Torma_(Votikvere)_vallavalitsus, lk 116
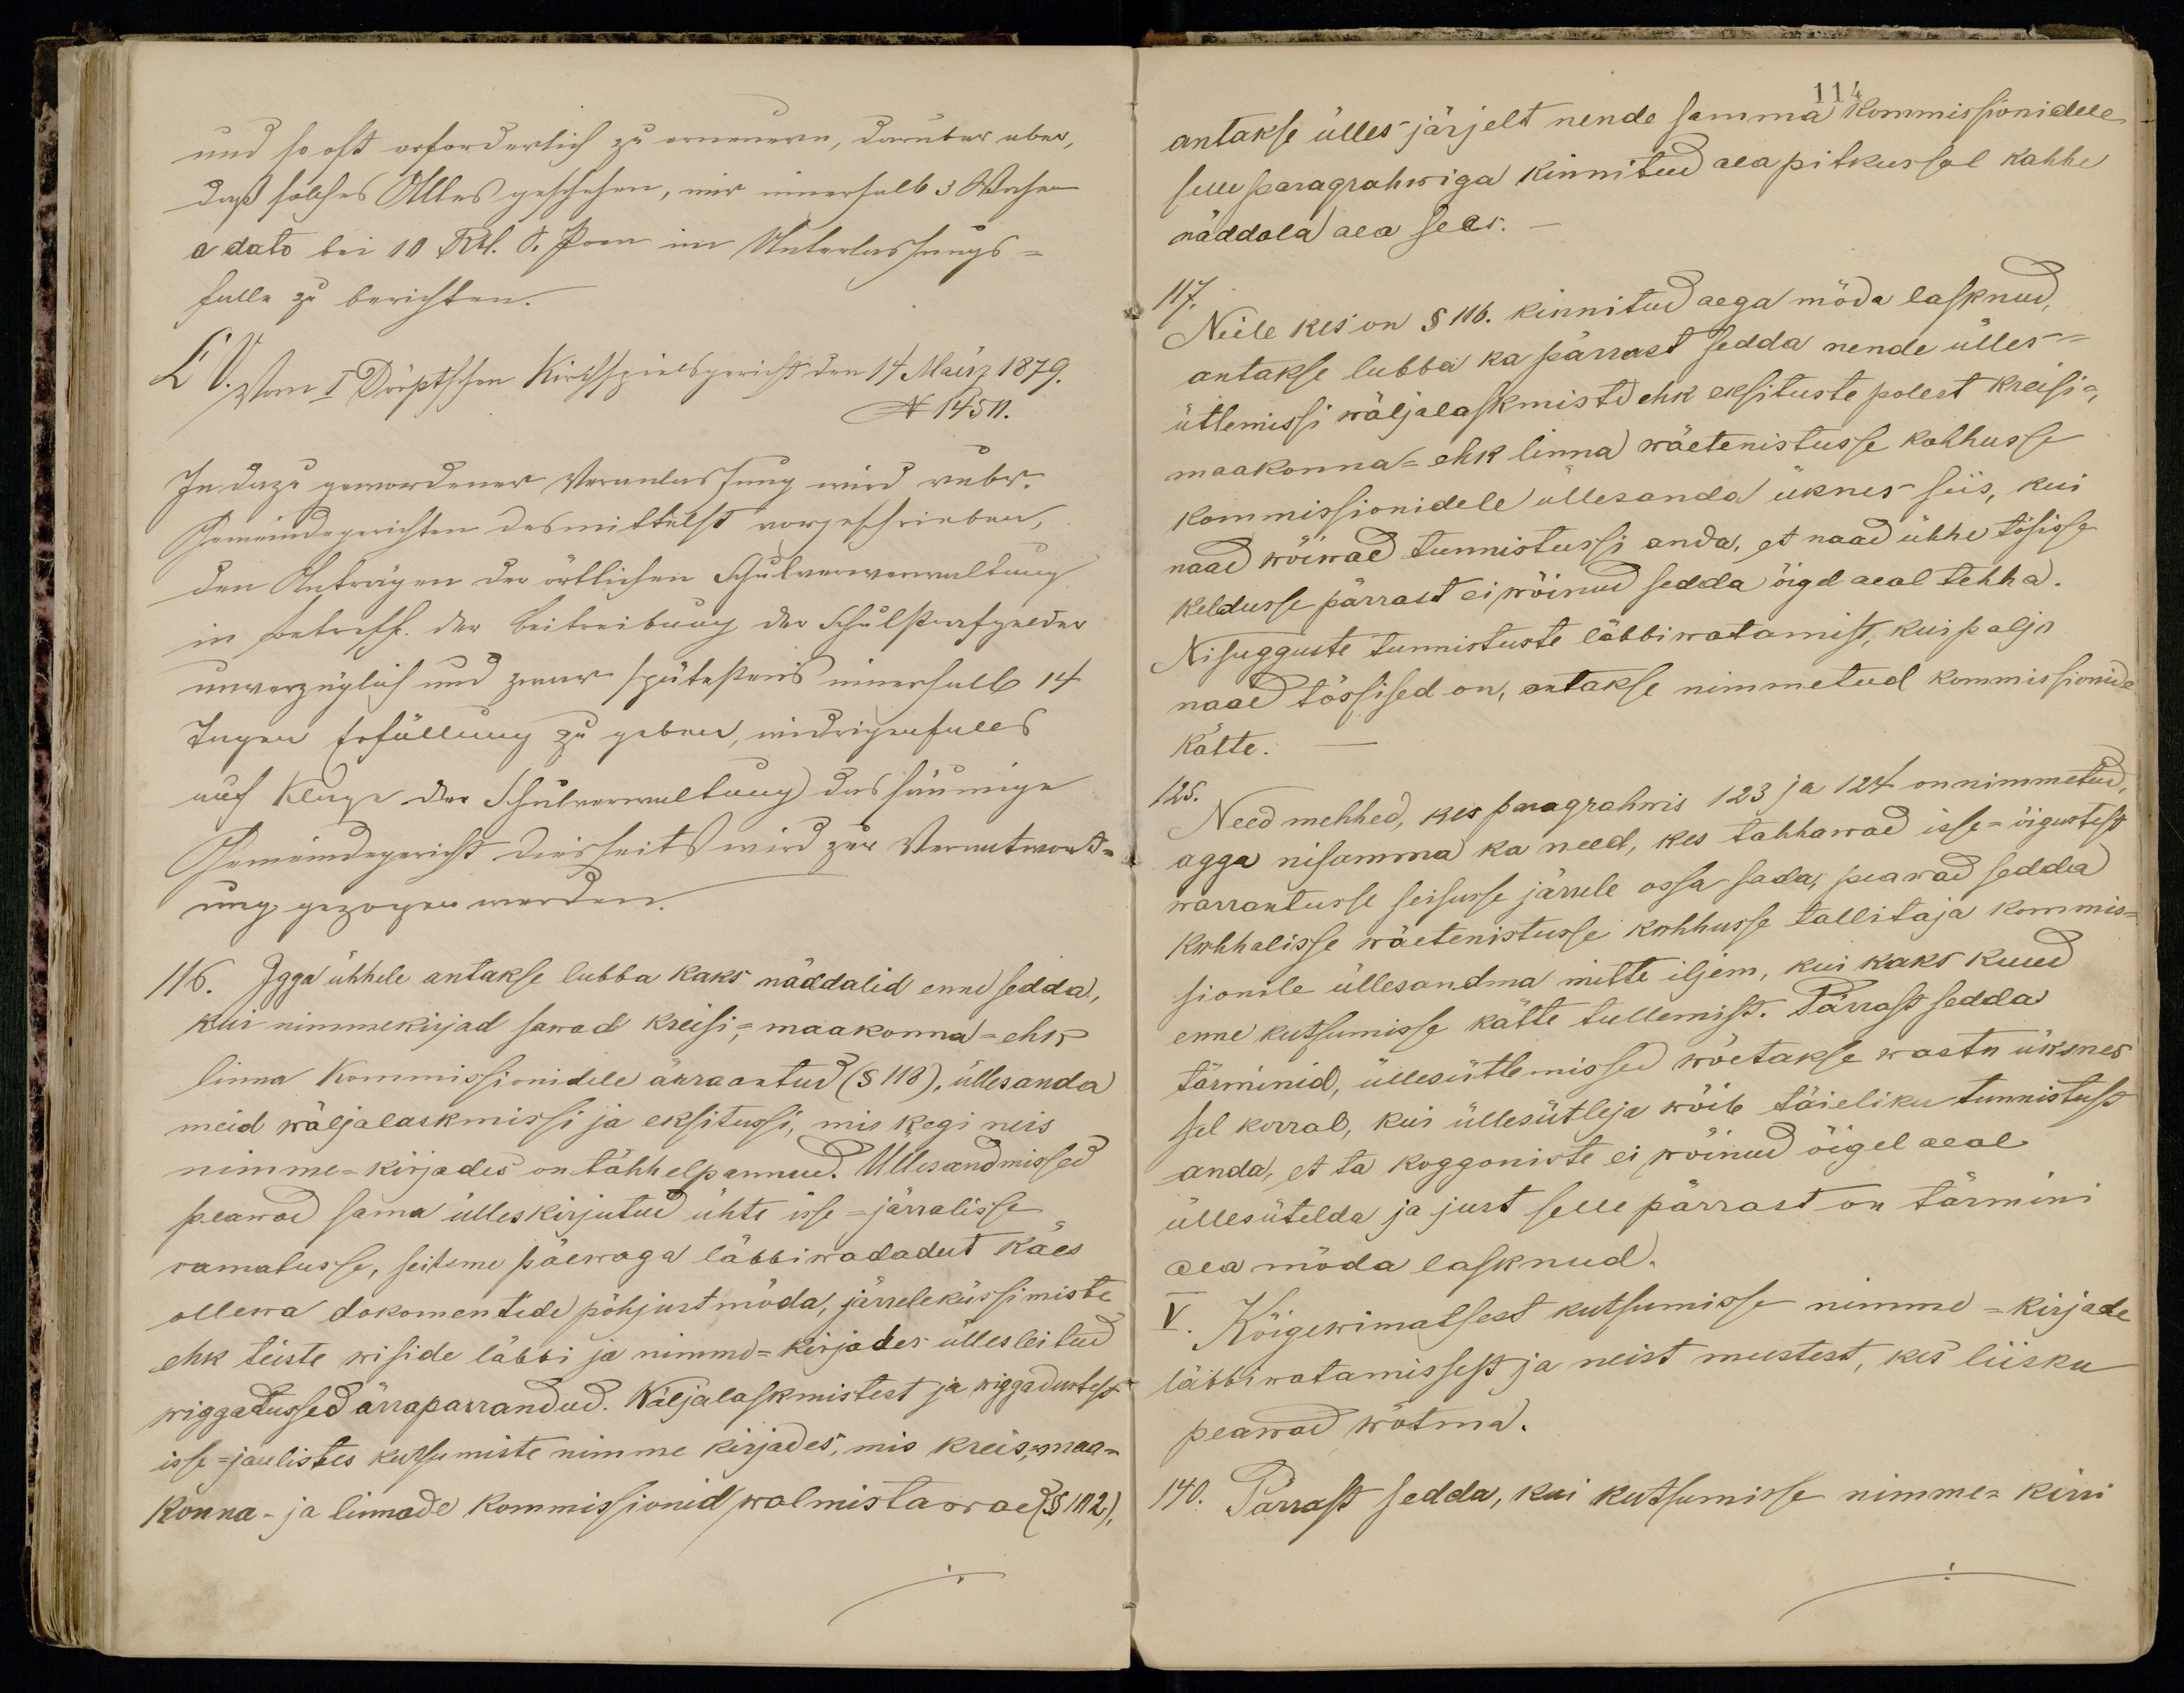
116. Igga ühhele antakse lubba kaks näddalid enne sedda,
kui nimmekirjad sawad kreisi-, maakonna - ehk
linna Kommissionidele ärra antud (§118), üllesanda
meid wäljalaskmissi ja eksitussi, mis kegi neis
nimme-kirjades on tähhelpannud. Üllesandmissed
peawad sama ülleskirjutud ühte isse-järralisse
ramatusse, seitsme päewaga labbiwadadut käes
ollewa dokomentide põhjust möda, järreleküssimiste
ehk teiste wiside läbbi ja nimme-kirjades üllesleitud
wiggatussed ärraparrandud. Wäljalaskmistest ja wiggadustes
isse-jaulistes kutsumiste nimme kirjades, mis kreis, maa-
Konna- ja linnade kommissionid walmistawad (§102),

antakse ülles järjelt nende samma kommisjonidele:
selle paragrahwiga kinnitud aeapitkussel kahhe
näddola aea seas.
117. Neile kes on § 116. kinnitud aega möda lasknud,
antakse lubba ka pärrast sedda nende ülles-
ütlemissi wäljalaskmiste ehk eksituste polest kreisi-
maakonna- ehk linna wäetenistusse kohhusse
Kommissionidele üllesanda üknes siis, kui
naad wõiwad tunnistussi anda, et naad ühhe tõsisse
keldusse pärrast ei wõinud sedda õigel aeal tehha.
Nisugguste tunnistuste läbbiwatamist, kus palju
naad tõssised on antakse nimmetud kommissionide
kätte.
125.
Need mehhed, kes paragrahwis 123 ja 124 on nimmetud,
agga nisamma ka need, kes tahhawad isse-õigustest
warrantusse seisusse järrele ossa sada, peawad sedda
kohhalisse wäetenistusse kohhusse tallitaja kommis-
sionile üllesandma mitte iljem, kui kaks kuud
enne kutsumisse kätte tullemist. Pärast sedda
tärminid, üllesütlemissed wõetakse wastu üksnes
sel korral, kui üllesütleja wõib täieliku tunnistust
anda, et ta koggoniste ei võinud õigel aeal
üllesütelda ja just selle pärrast on tänini
aea möda lasknud.
V. Kõigewimatsest kutsumisse nimme-kirjade
läbbiwatamissest ja neist meestest, kes liisku
peawad wõtma.
140. Tänast sedda, kui kutsumisse nimme-kiri